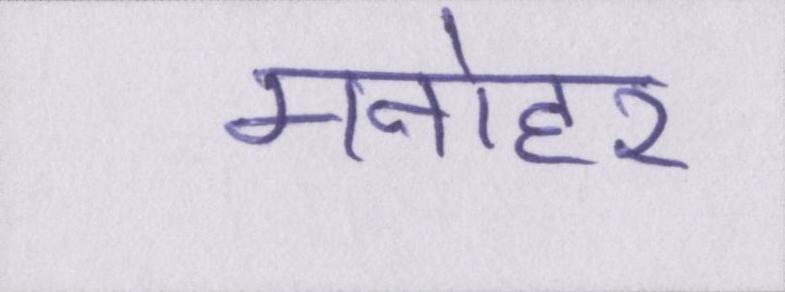
मनोहर